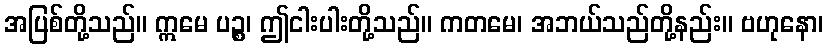
အပြစ်တို့သည်။ ဣမေ ပဉ္စ၊ ဤငါးပါးတို့သည်။ ကတမေ၊ အဘယ်သည်တို့နည်း။ ဗဟုနော၊